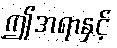
ဤအရာနှင့်